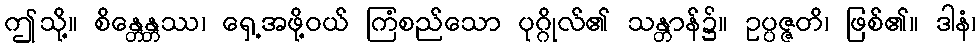
ဤသို့။ စိန္တေန္တဿ၊ ရှေ့အဖို့ဝယ် ကြံစည်သော ပုဂ္ဂိုလ်၏ သန္တာန်၌။ ဥပ္ပဇ္ဇတိ၊ ဖြစ်၏။ ဒါနံ၊